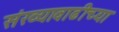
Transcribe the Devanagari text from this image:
संख्यावाढीच्या